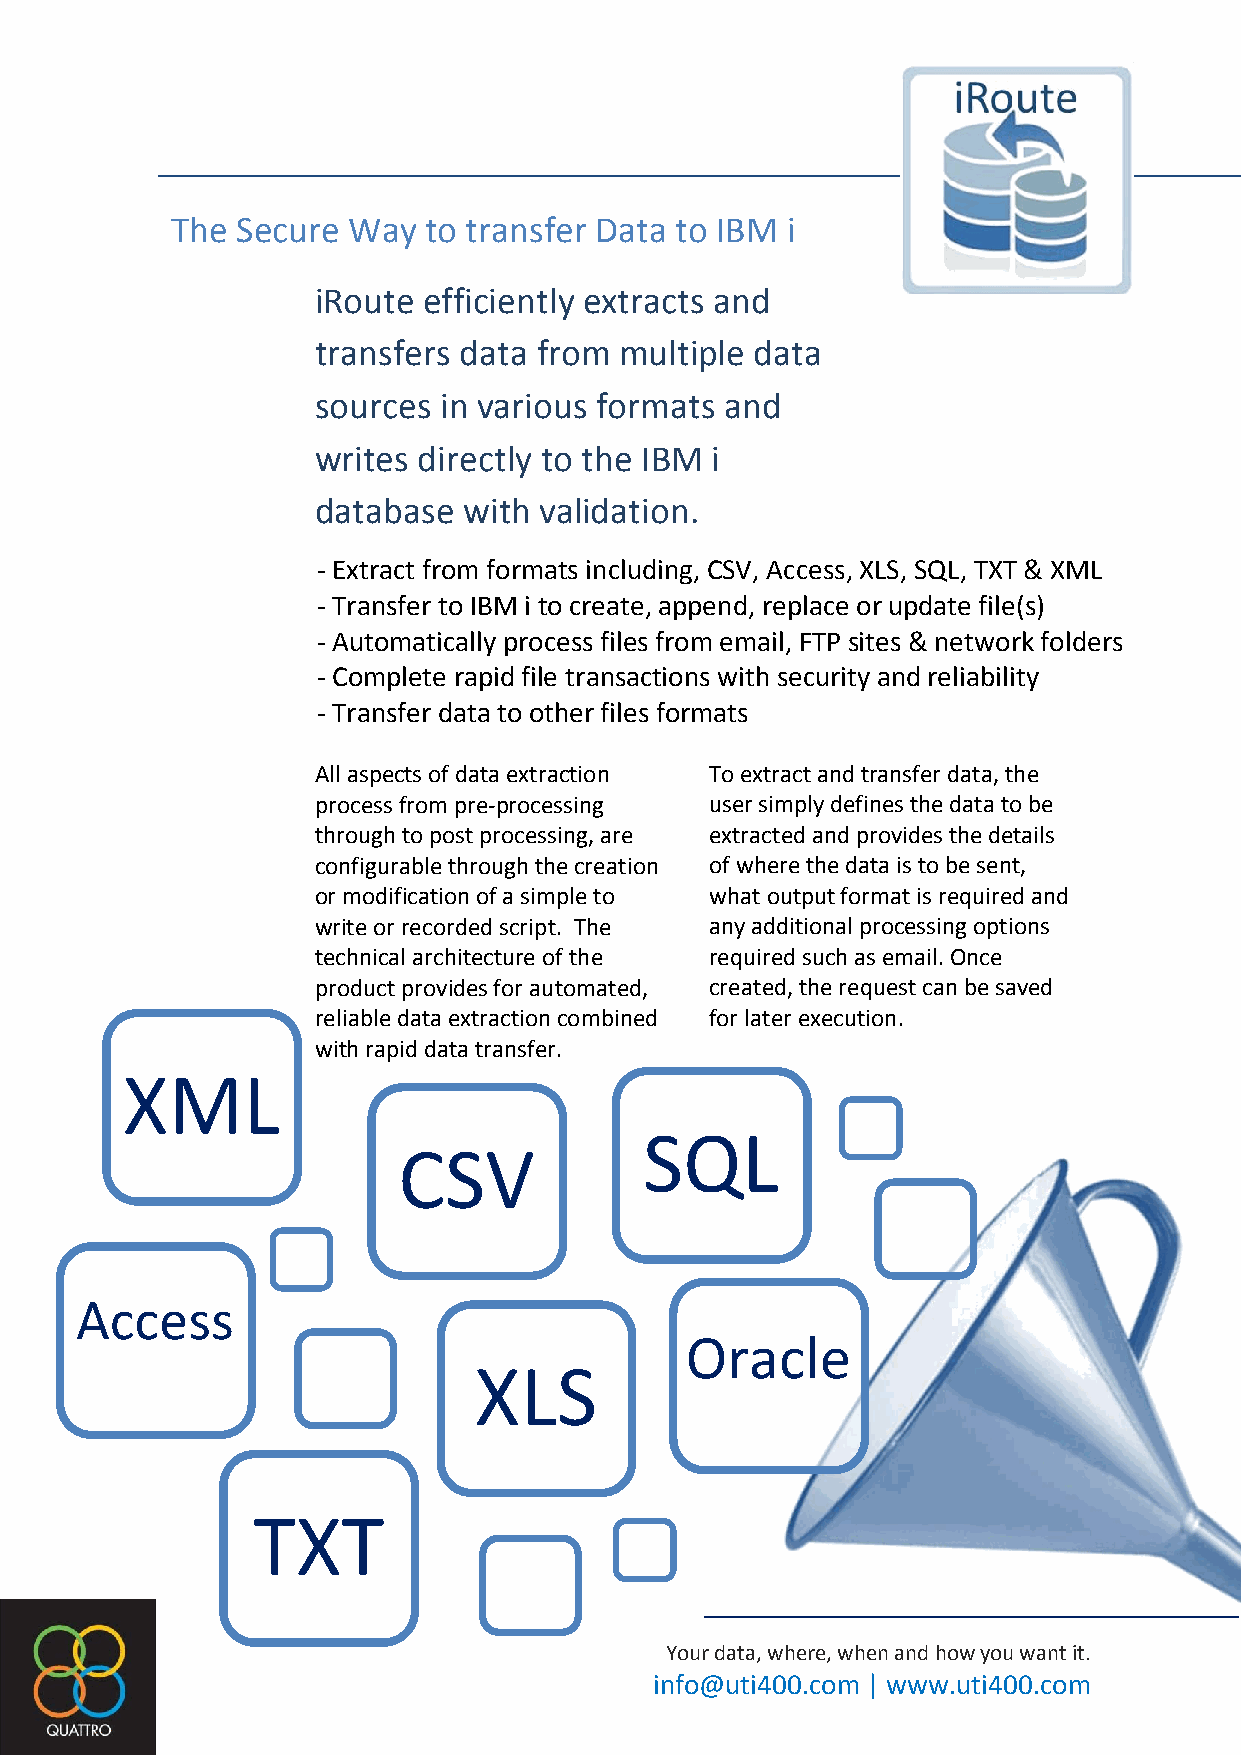
The  Secure Way  to transfer Data to IBM i
 iRoute efficiently extracts and
 transfers data from multiple data
 sources in various formats and
 writes directly to the IBM i
 database  with validation.
 - Extract from formats including, CSV, Access, XLS, SQL, TXT & XML
 - Transfer to IBM i to create, append, replace or update file(s)
 - Automatically process files from email, FTP sites & network folders
 - Complete rapid file transactions with security and reliability
 - Transfer data to other files formats
 All aspects of data extraction To extract and transfer data, the
 process from pre-processing user simply defines the data to be
 through to post processing, are extracted and provides the details
 configurable through the creation of where the data is to be sent,
 or modification of a simple to what output format is required and
 write or recorded script. The any additional processing options
 technical architecture of the required such as email. Once
 product provides for automated, created, the request can be saved
 reliable data extraction combined for later execution.
 with rapid data transfer.
 XML
 SQL
 CSV
 Access
 Oracle
 XLS
 TXT
 Your data, where, when and how you want it.
 info@uti400.com | www.uti400.com